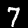
Digit: 7